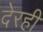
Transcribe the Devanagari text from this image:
देरही